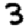
Digit: 3